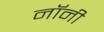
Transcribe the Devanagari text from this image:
नॉनी